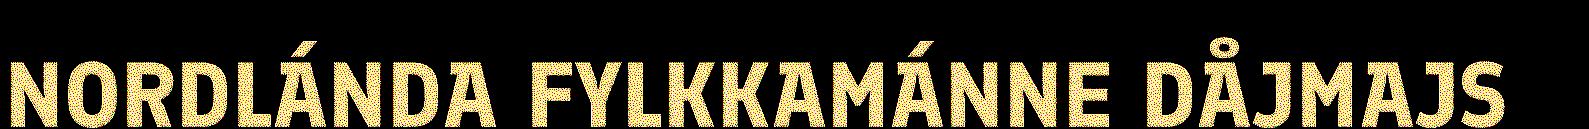
NORDLÁNDA FYLKKAMÁNNE DÅJMAJS